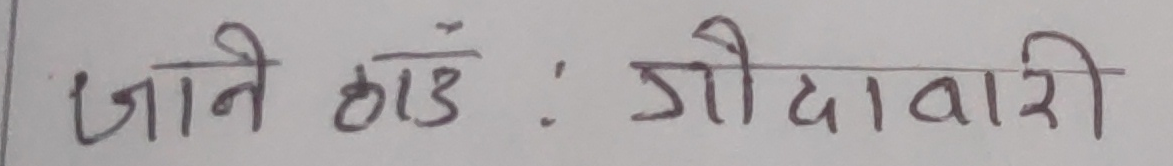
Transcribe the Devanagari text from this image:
जाने ठाडं : गोदावारी